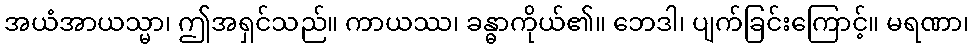
အယံအာယသ္မာ၊ ဤအရှင်သည်။ ကာယဿ၊ ခန္ဓာကိုယ်၏။ ဘေဒါ၊ ပျက်ခြင်းကြောင့်။ မရဏာ၊